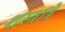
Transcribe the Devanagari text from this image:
शस्त्रात्रे